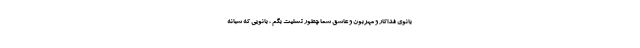
بانوی فداکار و مهربون و عاشق شما چطور تسلیت بگم ، بانویی که شبانه